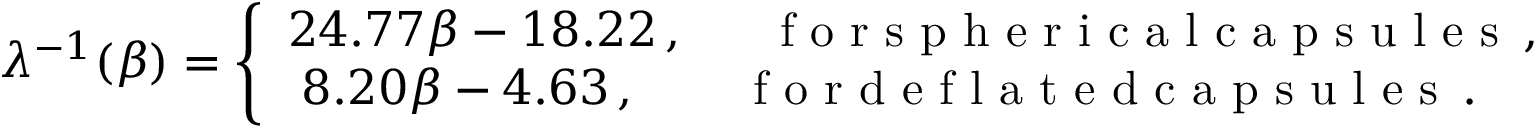
\lambda ^ { - 1 } ( \beta ) = { \left\{ \begin{array} { l } { 2 4 . 7 7 \beta - 1 8 . 2 2 \, , \quad \; \; \mathrm { ~ f ~ o ~ r ~ s ~ p ~ h ~ e ~ r ~ i ~ c ~ a ~ l ~ c ~ a ~ p ~ s ~ u ~ l ~ e ~ s ~ } \, , } \\ { \; 8 . 2 0 \beta - 4 . 6 3 \, , \qquad \mathrm { ~ f ~ o ~ r ~ d ~ e ~ f ~ l ~ a ~ t ~ e ~ d ~ c ~ a ~ p ~ s ~ u ~ l ~ e ~ s ~ } \, . } \end{array} \right. }